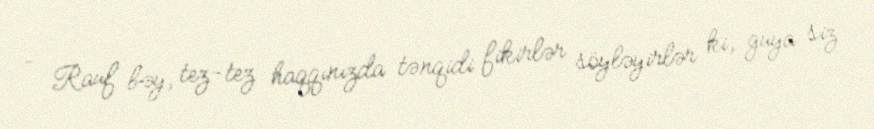
– Rauf bəy, tez-tez haqqınızda tənqidi fikirlər söyləyirlər ki, guya siz